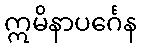
ဣမိနာပင်္ဂေန